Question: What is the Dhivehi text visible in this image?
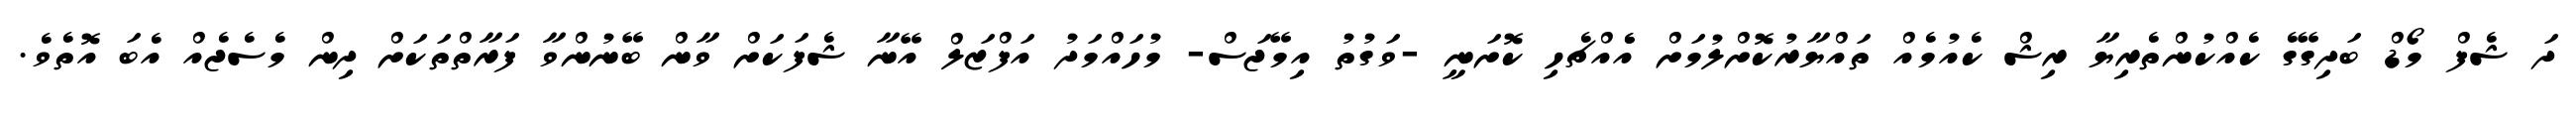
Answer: ދަ ޝެފް މޯޑް ބަދިގޭގެ ކެއްކުންތެރިޔާ ރިޝް ކެއުމެއް ތައްޔާރުކޮށްލުމަށް އެެއްޗެހި ކޮށަނީ -ވަގުތު އިމޭޖަސް- މުހައްމަދު އަފްޒަލް އޭނާ ޝެފަކަށް ވާން ބޭނުންވާ ފަރާތްތަކަށް ދިން މެސެޖެއް އެބަ އޮތެވެ.